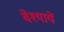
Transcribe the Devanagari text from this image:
वेश्यायें